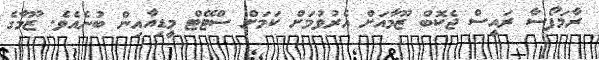
ރާމަފޯސާ ރައީސް ޖެކޮބް ޒޫމާއަށް އެރުވުމަށް ކަމަށް ސްޓޭޓް މީޑިއާއިން ބުނެއެވެ. ޒޫމާގެ